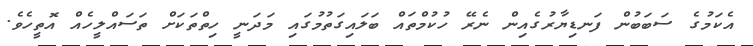
އެކަމުގެ ސަބަބުން ފަނޑިޔާރުގެއިން ނެރޭ ހުކުމްތައް ބަލައިގަތުމުގައި މަދަނީ ހިތްތަކަށް ތަސައްލީހެއް އޮތީހެވެ.